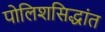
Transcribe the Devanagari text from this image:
पोलिशसिद्धांत